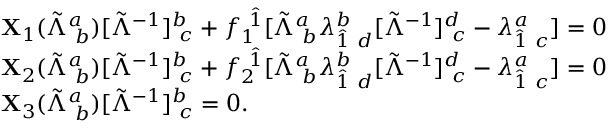
\begin{array} { r } { \begin{array} { r l } & { { \bf X } _ { 1 } ( \tilde { \Lambda } _ { ~ b } ^ { a } ) [ \tilde { \Lambda } ^ { - 1 } ] _ { ~ c } ^ { b } + f _ { 1 } ^ { ~ \hat { 1 } } [ \tilde { \Lambda } _ { ~ b } ^ { a } \lambda _ { \hat { 1 } ~ d } ^ { b } [ \tilde { \Lambda } ^ { - 1 } ] _ { ~ c } ^ { d } - \lambda _ { \hat { 1 } ~ c } ^ { a } ] = 0 } \\ & { { \bf X } _ { 2 } ( \tilde { \Lambda } _ { ~ b } ^ { a } ) [ \tilde { \Lambda } ^ { - 1 } ] _ { ~ c } ^ { b } + f _ { 2 } ^ { ~ \hat { 1 } } [ \tilde { \Lambda } _ { ~ b } ^ { a } \lambda _ { \hat { 1 } ~ d } ^ { b } [ \tilde { \Lambda } ^ { - 1 } ] _ { ~ c } ^ { d } - \lambda _ { \hat { 1 } ~ c } ^ { a } ] = 0 } \\ & { { \bf X } _ { 3 } ( \tilde { \Lambda } _ { ~ b } ^ { a } ) [ \tilde { \Lambda } ^ { - 1 } ] _ { ~ c } ^ { b } = 0 . } \end{array} } \end{array}